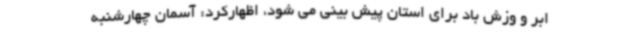
ابر و وزش باد برای استان پیش بینی می شود، اظهارکرد: آسمان چهارشنبه